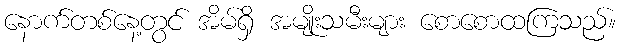
နောက်တစ်နေ့တွင် အိမ်ရှိ အမျိုးသမီးများ စောစောထကြသည်။